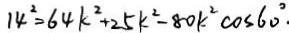
1 4 ^ { 2 } = 6 4 k ^ { 2 } + 2 5 k ^ { 2 } - 8 0 k ^ { 2 } \cos 6 0 ^ { \circ } .